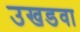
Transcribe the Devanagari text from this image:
उखडवा